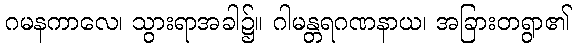
ဂမနကာလေ၊ သွားရာအခါ၌။ ဂါမန္တရဂဏနာယ၊ အခြားတရွာ၏